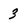
Character: 3